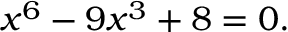
x ^ { 6 } - 9 x ^ { 3 } + 8 = 0 .